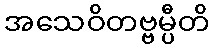
အသေဝိတဗ္ဗမ္ပီတိ